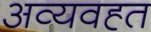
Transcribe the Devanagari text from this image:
अव्यवह्त